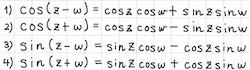
1) $\cos(z \pm w)=\cos z\cos w\mp\sin z\sin w$
2) $\sin(z \pm w)=\sin z\cos w\pm\cos z\sin w$
3) $\sinh(z \pm w)=\sinh z\cosh w\pm\cosh z\sinh w$
4) $\cosh(z \pm w)=\cosh z\cosh w\pm\sinh z\sinh w$